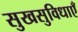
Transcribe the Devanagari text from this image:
सुखसुविधाएँ